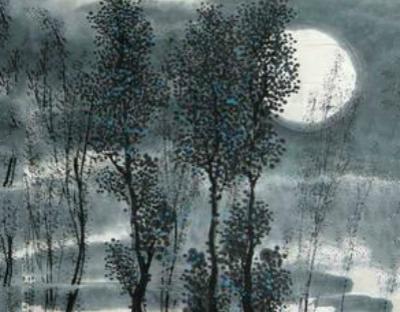
凤凰城阙知何处，寥落星河一雁飞。